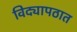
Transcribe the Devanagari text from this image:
विद्यापठात